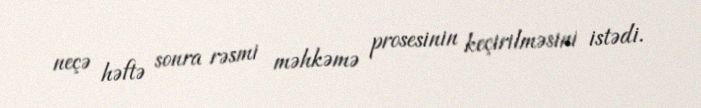
neçə həftə sonra rəsmi məhkəmə prosesinin keçirilməsini istədi.